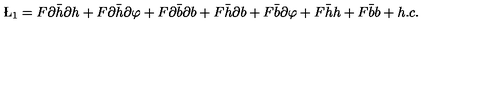
\L _ { 1 } = F \partial \bar { h } \partial h + F \partial \bar { h } \partial \varphi + F \partial \bar { b } \partial b + F \bar { h } \partial b + F \bar { b } \partial \varphi + F \bar { h } h + F \bar { b } b + h . c .